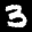
Label: 3